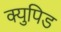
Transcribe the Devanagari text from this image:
क्युपिड